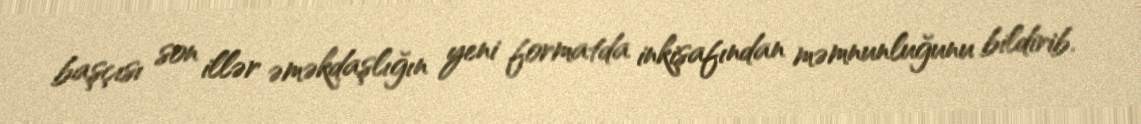
başçısı son illər əməkdaşlığın yeni formatda inkişafından məmnunluğunu bildirib.